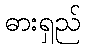
ဓားရှည်